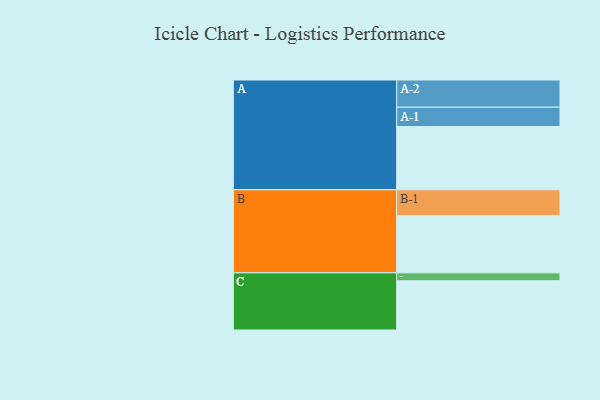
{"axis": {"x": "Segment", "y": "Value"}, "legend": ["", "A", "B", "C"], "data": [{"x": "A", "y": 554, "type": ""}, {"x": "B", "y": 501, "type": ""}, {"x": "C", "y": 432, "type": ""}, {"x": "A-1", "y": 170, "type": "A"}, {"x": "A-2", "y": 238, "type": "A"}, {"x": "B-1", "y": 227, "type": "B"}, {"x": "C-1", "y": 69, "type": "C"}]}